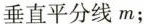
垂直平分线m；